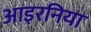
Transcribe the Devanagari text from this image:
आइरनिया